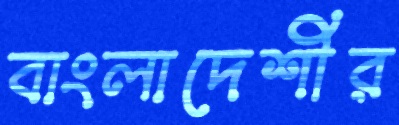
বাংলাদেশীর